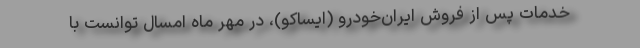
خدمات پس از فروش ایران‌خودرو (ایساکو)، در مهر ماه امسال توانست با